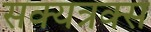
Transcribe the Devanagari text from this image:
सक्यत्रक्स